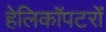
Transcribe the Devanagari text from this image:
हेलिकॉपटरों